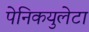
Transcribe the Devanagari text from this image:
पेनिकयुलेटा